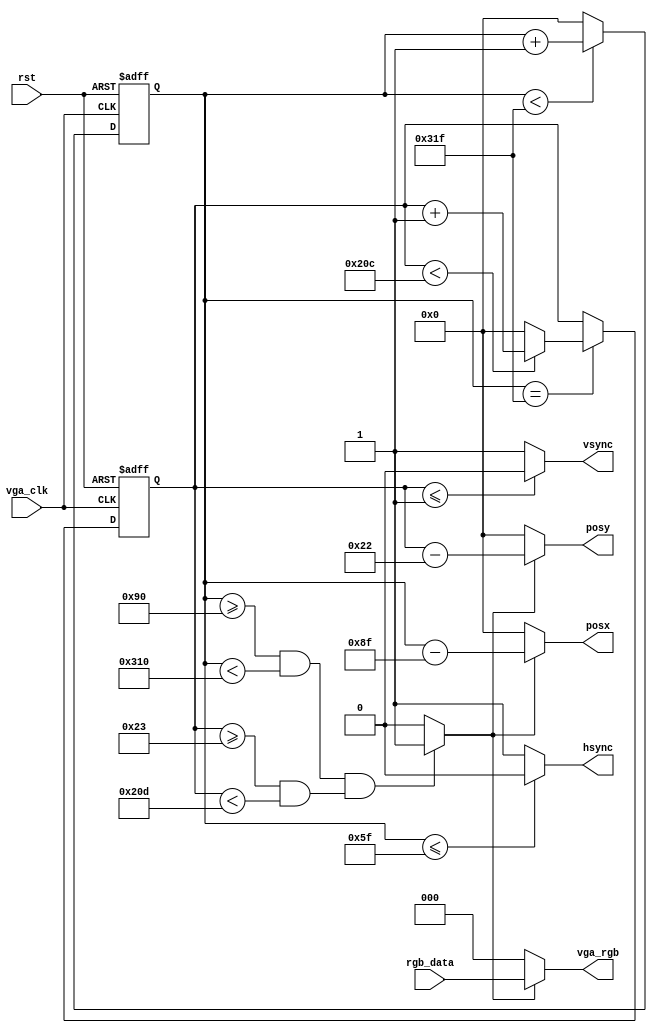
module vga_drive(
    input vga_clk, rst,
    input [2:0] rgb_data,
    output hsync, vsync,
    output [2:0] vga_rgb,
    output [9:0] posx,
    output [9:0] posy
);                             

wire in_disp_area;

reg  [9:0] h_cnt;
reg  [9:0] v_cnt;

always @(posedge vga_clk, posedge rst) begin         
    if (rst)
        h_cnt <= 10'd0;                                  
    else begin
        if(h_cnt < 799)                                               
            h_cnt <= h_cnt + 1'b1;                               
        else 
            h_cnt <= 10'd0;  
    end
end
always @(posedge vga_clk, posedge rst) begin         
    if (rst)
        v_cnt <= 10'd0;                                  
    else if(h_cnt == 799) begin
        if(v_cnt < 524)                                               
            v_cnt <= v_cnt + 1'b1;                               
        else 
            v_cnt <= 10'd0;  
    end
end                                 

assign hsync  = (h_cnt <= 10'd95)? 1'b0 : 1'b1;
assign vsync  = (v_cnt <= 10'd1)? 1'b0 : 1'b1;

assign in_disp_area = (((h_cnt >= 10'd144) && (h_cnt < 10'd784)) && ((v_cnt >= 10'd35) && (v_cnt < 10'd525)))? 1'b1 : 1'b0;

assign vga_rgb = in_disp_area? rgb_data : 3'd0;

assign posx = in_disp_area? (h_cnt - 10'd143) : 10'd0;
assign posy = in_disp_area? (v_cnt -10'd34) : 10'd0;

endmodule